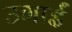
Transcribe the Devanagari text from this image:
उगाईं